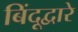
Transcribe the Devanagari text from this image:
बिंदूद्वारे